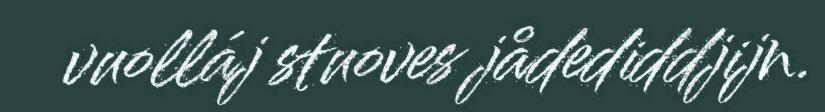
vuolláj stuoves jådediddjijn.